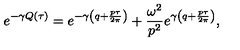
e ^ { - \gamma Q ( \tau ) } = e ^ { - \gamma \left( q + \frac { p \tau } { 2 \pi } \right) } + \frac { \omega ^ { 2 } } { p ^ { 2 } } e ^ { \gamma \left( q + \frac { p \tau } { 2 \pi } \right) } ,